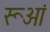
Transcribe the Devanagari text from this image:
रूआं